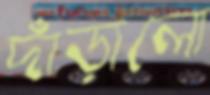
দাঁড়ালো